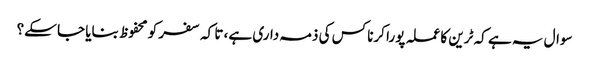
سوال یہ ہے کہ ٹرین کا عملہ پورا کرنا کس کی ذمہ داری ہے، تا کہ سفر کو محفوظ بنایا جا سکے؟